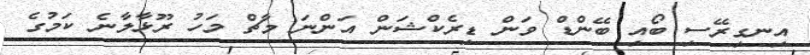
އިނގިރޭސި ބޯއި ބޭންޑް ވަން ޑިރެކްޝަން އަންނަ މާޗް މަހު ރޫޅާލާނެ ކަމުގެ